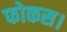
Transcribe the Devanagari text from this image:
फोकस।